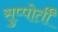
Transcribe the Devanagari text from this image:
सुप्पोर्तीं